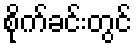
စိုက်ခင်းတွင်